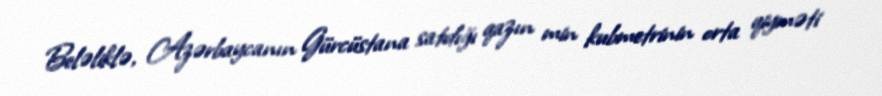
Beləliklə, Azərbaycanın Gürcüstana satdığı qazın min kubmetrinin orta qiyməti